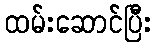
ထမ်းဆောင်ပြီး